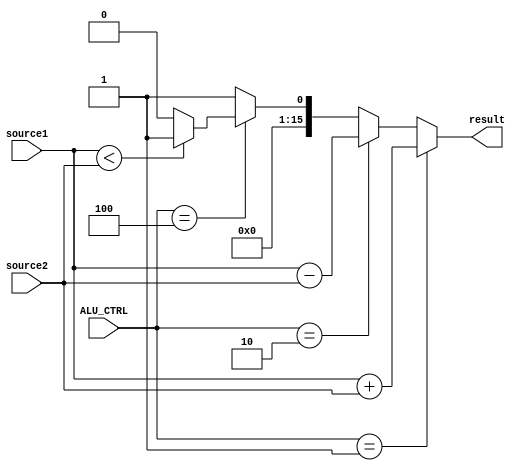
`timescale 1ns / 1ps

module ALU( source1,source2,ALU_CTRL,result);
    input [15:0] source1;
    input [15:0] source2;
    input [3:0] ALU_CTRL;
    output [15:0] result;
	 
	   /* add your design */   
	wire [15:0] result;
	
	assign result=(ALU_CTRL==4'b0001)?source1+source2:
			(ALU_CTRL==4'b0010)?source1-source2:
			(ALU_CTRL==4'b0100)?((source1<source2)?1:0):1;
		
endmodule